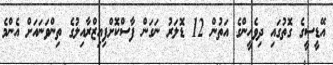
އޭޑީސީގެ ގޮތުގައި ދިވެހީންގެ އަތުން 12 ޑޮލަރު ނަގަން ފާސްކޮށްފިއިޒްރާއިލުގެ ތިންވަނައަށް އެންމެ